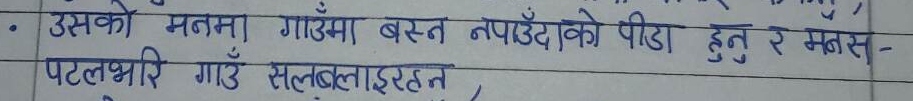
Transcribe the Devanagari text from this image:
उसको मनमा गाउँमा बस्त नपाउँदैको पीडा हुनु र मनस-
पटलभरि गाउँ सल्बलाइरहन ।